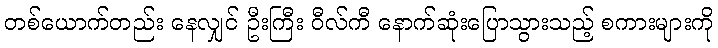
တစ်ယောက်တည်း နေလျှင် ဦးကြီး ဝီလ်ကီ နောက်ဆုံးပြောသွားသည့် စကားများကို